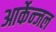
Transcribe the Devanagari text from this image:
आर्केन्जल